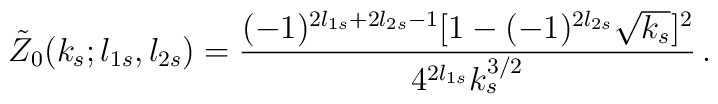
\tilde Z_0(k_s;l_{1s},l_{2s})=\frac{(-1)^{2l_{1s}+2l_{2s}-1}[1-(-1)^{2l_{2s}}\sqrt{k_s}]^2}{4^{2l_{1s}}k_s^{3/2}}\,.